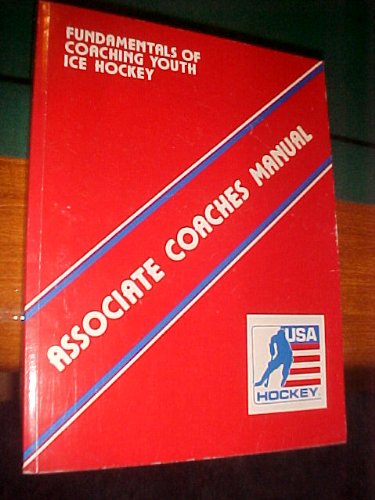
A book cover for Fundamentals of Coaching Youth Ice Hockey Associate Coaches Manual; Keith Blase; Sports & Outdoors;